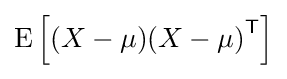
\operatorname {E} \left[(X-\mu ){(X-\mu )}^{\mathsf {T}}\right]